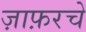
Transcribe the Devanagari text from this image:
ज़ाफ़रचे